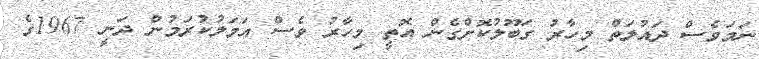
ނަމަވެސް ދައުލަތް މިހާރު ގަބޫލުކޮށްގެން އޮތީ މިހާރު ވެސް އަމަލުކުރަމުން ދަނީ 1967ގެ